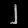
Digit: ၂